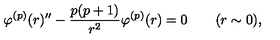
\varphi ^ { ( p ) } ( r ) ^ { \prime \prime } - \frac { p ( p + 1 ) } { r ^ { 2 } } \varphi ^ { ( p ) } ( r ) = 0 \qquad ( r \sim 0 ) ,